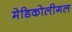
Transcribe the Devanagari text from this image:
मेडिकोलीगल